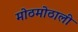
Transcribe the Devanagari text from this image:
मोठमोठाली